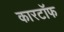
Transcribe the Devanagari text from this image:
कारटॉफ